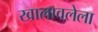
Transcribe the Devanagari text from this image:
खालावलेला